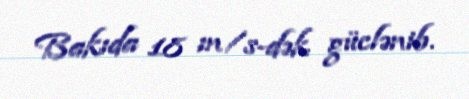
Bakıda 18 m/s-dək güclənib.